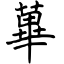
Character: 篳